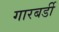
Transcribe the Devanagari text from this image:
गारबर्डी